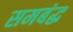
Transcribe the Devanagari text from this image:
समबंद्ध